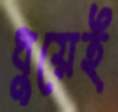
ধুয়েই